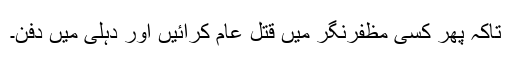
تاکہ پھر کسی مظفرنگر میں قتل عام کرائیں اور دہلی میں دفن۔